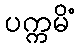
ပက္ကမိံ